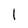
Character: 1